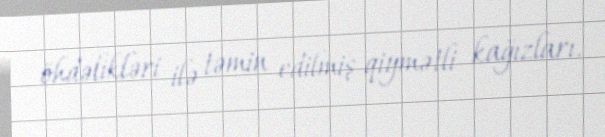
öhdəlikləri ilə təmin edilmiş qiymətli kağızları.